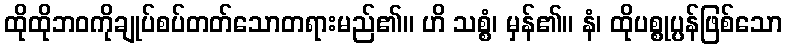
ထိုထိုဘဝကိုချုပ်စပ်တတ်သောတရားမည်၏။ ဟိ သစ္စံ၊ မှန်၏။ နံ၊ ထိုပစ္စုပ္ပန်ဖြစ်သော